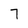
Character: 7